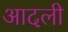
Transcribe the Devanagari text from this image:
आदली